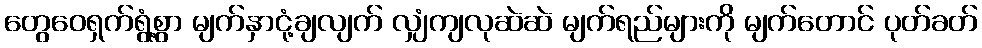
တွေဝေရှက်ရွံ့စွာ မျက်နှာငုံ့ချလျက် လျှံကျလုဆဲဆဲ မျက်ရည်များကို မျက်တောင် ပုတ်ခတ်